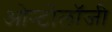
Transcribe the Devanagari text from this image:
ओन्टोलॉजी